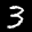
Label: 3